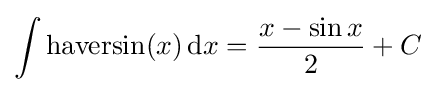
\int \mathrm {haversin} (x)\,\mathrm {d} x={\frac {x-\sin {x}}{2}}+C